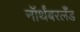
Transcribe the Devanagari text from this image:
नॉर्थंबरलँड